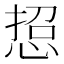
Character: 𢜌